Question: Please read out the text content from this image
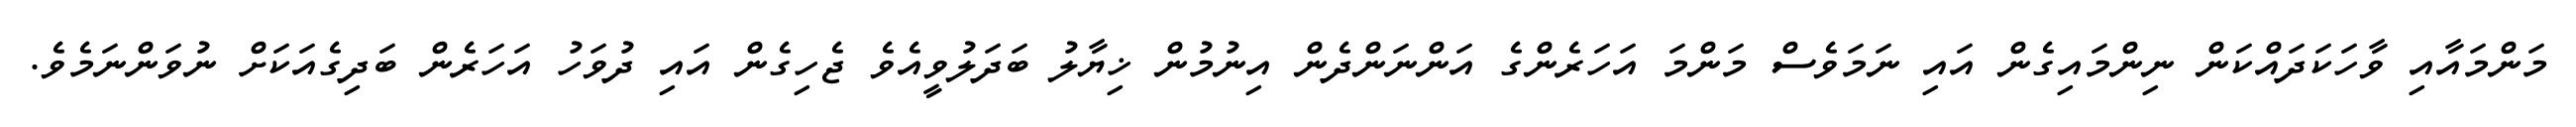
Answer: މަންމައާއި ވާހަކަދައްކަން ނިންމައިގެން އައި ނަމަވެސް މަންމަ އަހަރެންގެ އަންނަންދެން އިނުމުން ޚިޔާލު ބަދަލުވީއެވެ ޖެހިގެން އައި ދުވަހު އަހަރެން ބަދިގެއަކަށް ނުވަންނަމެވެ.